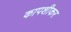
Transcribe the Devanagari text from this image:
कापशीकर